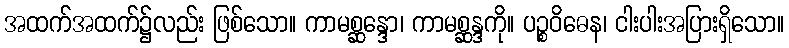
အထက်အထက်၌လည်း ဖြစ်သော။ ကာမစ္ဆန္ဒော၊ ကာမစ္ဆန္ဒကို။ ပဉ္စဝိဓေန၊ ငါးပါးအပြားရှိသော။